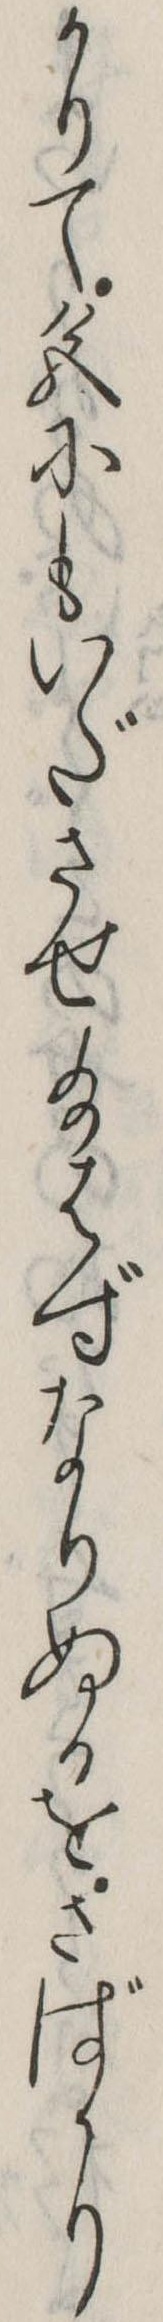
かりて色にもいださせ給はずなりぬるをさばかり